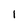
Character: 1